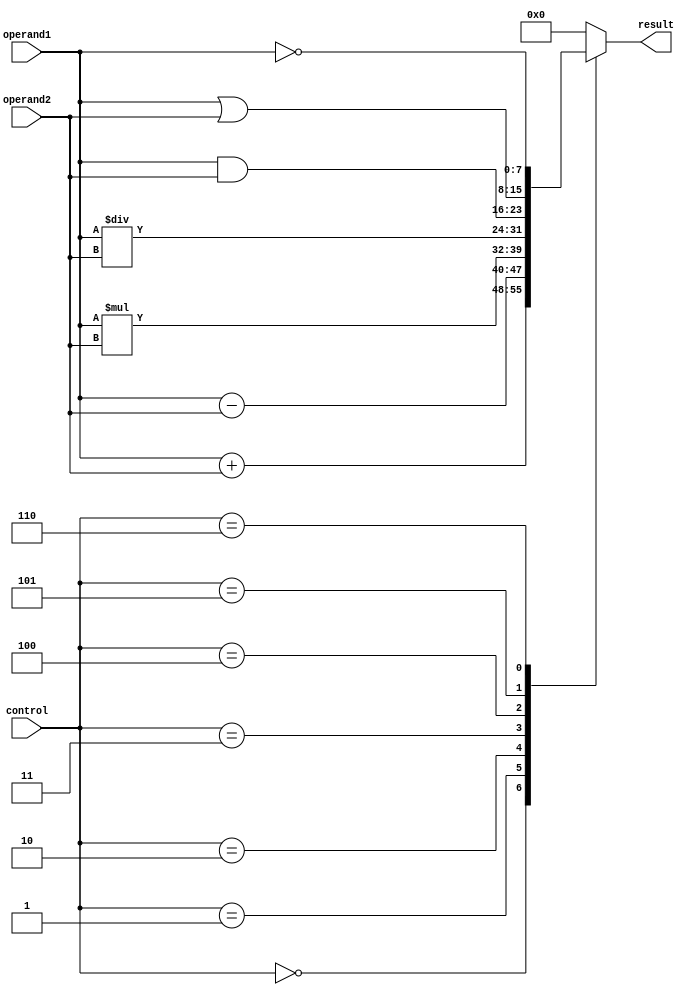
module ALU (
    input [7:0] operand1,
    input [7:0] operand2,
    input [2:0] control,
    output reg [7:0] result
);

always @(*) begin
    case (control)
        3'b000: result = operand1 + operand2; // addition
        3'b001: result = operand1 - operand2; // subtraction
        3'b010: result = operand1 * operand2; // multiplication
        3'b011: result = operand1 / operand2; // division
        3'b100: result = operand1 & operand2; // bitwise AND
        3'b101: result = operand1 | operand2; // bitwise OR
        3'b110: result = ~operand1;           // bitwise NOT
        default: result = 8'b0;                // default case
    endcase
end

endmodule